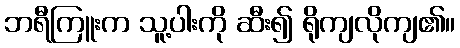
ဘရီကြူးက သူ့ပါးကို ဆီး၍ ရိုကျလိုကျ၏။